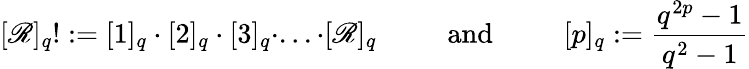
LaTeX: [\mathscr{R}]_{q}!:=[1]_{q}\cdot[2]_{q}\cdot[3]_{q}\cdot...\cdot[\mathscr{R}]_{q}\mathrm{{~\qquad~and~\qquad~}}[p]_{q}:=\frac{{q^{2p}-1}}{{q^{2}-1}}